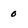
Character: 0